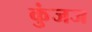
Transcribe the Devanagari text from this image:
कुंजज